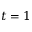
t = 1